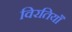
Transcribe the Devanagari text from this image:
विरतियाँ